Medical and sanitary report of the native army of Bengal for the year
Year: 1874
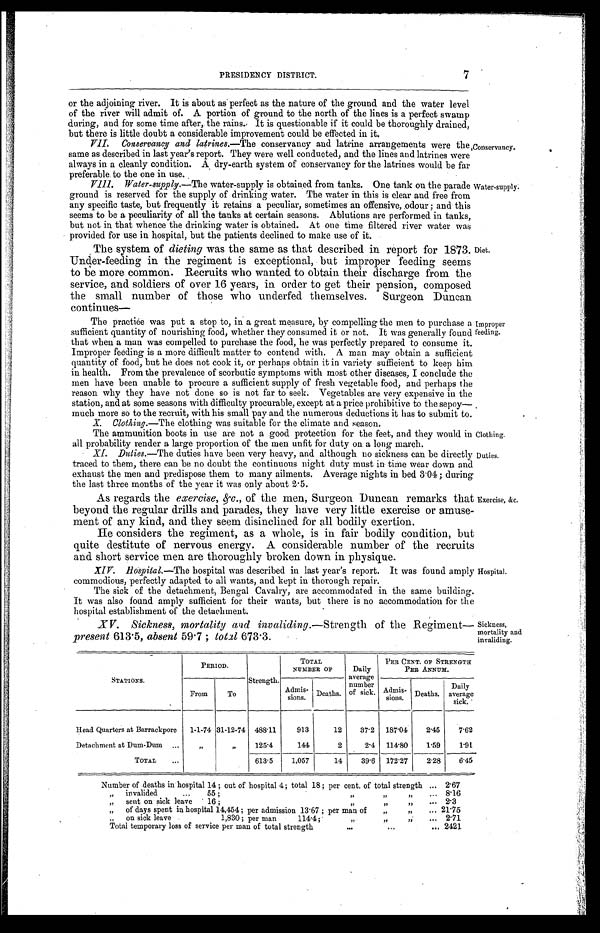
7
PRESIDENCY DISTRICT.
or the adjoining river. It is about as perfect as the nature of the ground and the water level
of the river will admit of. A portion of ground to the north of the lines is a perfect swamp
during, and for some time after, the rains. It is questionable if it could be thoroughly drained,
but there is little doubt a considerable improvement could be effected in it.
VII. Conservancy and latrines. —The conservancy and latrine arrangements were the
same as described in last year's report. They were well conducted, and the lines and latrines were
always in a cleanly condition. A dry-earth system of conservancy for the latrines would be far
preferable, to the one in use.
Conservancy.
VIII. Water-supply. —The water-supply is obtained from tanks. One tank on the parade
ground is reserved for the supply of drinking water. The water in this is clear and free from
any specific taste, but frequently it retains a peculiar, sometimes an offensive, odour ; and this
seems to be a peculiarity of all the tanks at certain seasons. Ablutions are performed in tanks,
but not in that whence the drinking water is obtained. At one time filtered river water was
provided for use in hospital, but the patients declined to make use of it.
The system of dieting was the same as that described in report for 1873.
Under-feeding in the regiment is exceptional, but improper feeding seems
to be more common. Recruits who wanted to obtain their discharge from the
service, and soldiers of over 16 years, in order to get their pension, composed
the small number of those who underfed themselves. Surgeon Duncan
continues—
Water-supply.
Diet.
The practice was put a stop to, in a great measure, by compelling the men to purchase a
sufficient quantity of nourishing food, whether they consumed it or not. It was generally found
that when a man was compelled to purchase the food, he was perfectly prepared to consume it.
Improper feeding is a more difficult matter to contend with. A man may obtain a sufficient
quantity of food, but he does not cook it, or perhaps obtain it in variety sufficient to keep him
in health. From the prevalence of scorbutic symptoms with most other diseases, I conclude the
men have been unable to procure a sufficient supply of fresh vegetable food, and perhaps the
reason why they have not done so is not far to seek. Vegetables are very expensive in the
station, and at some seasons with difficulty procurable, except at a price prohibitive to the sepoy
— much more so to the recruit, with his small nay and the numerous deductions it has to submit to.
X. Clothing.—The clothing was suitable for the climate and season.
The ammunition boots in use are not a good protection for the feet, and they would in
all probability render a large proportion of the men unfit for duty on a long march.
Improper
feeding.
Clothing.
XI. Duties.—The duties have been very heavy, and although no sickness can be directly
traced to them, there can be no doubt the continuous night duty must in time wear down and
e x h a u s t t h e me n a n d p r e d i s p o s e t h e m t o ma n y a i l me n t s . A v e r a g e n i g h t s i n b e d 3 . 0 4 ; d u r i n g
the last three months of the year it was only about 2.5.
As regards the exercise, &c.,o f t h e m e n , S u r g e o n D u n c a n r e m a r k s t h a t
beyond the regular drills and parades, they have very little exercise or amuse
-
ment of any kind and they seem disinclined for all bodily exertion.
He considers the regiment, as a whole, is in fair bodily condition, but
quite destitute of nervous energy. A considerable number of the recruits
and short service men are thoroughly broken down in physique.
XI V. Hospital.—The hospital was described in last year's report. It was found amply
commodious, perfectly adapted to all wants, and kept in thorough repair.
The sick of the detachment, Bengal Cavalry, are accommodated in the same building.
It was also found amply sufficient for their wants, but there is no accommodation for the
hospital establishment of the detachment.
XV. Sickness, mortality and invaliding.—Strength of the Regiment
—
present 613.5, absent 59.7 ; total 673.3.
Duties.
Exercise, &c.
Hospital.
Sickness,
mortality and
invaliding.
STATIONS.
PERIOD.
Strength.
TOTAL
NUMBER OF
Daily
average
number
of sick.
PER CENT. OF STRENGTH
PER ANNUM.
-
-
From
To
Admis-
sions. Deaths.
Admis-
sions. Deaths.
Daily
average
sick.
Head Quarters at Barrackpore 1-1-74 31-12-74 488.11
913
12
37.2 187.04 2.45 7.62
Detachment at Dum-Dum . . .
" "
125.4
144
2
2.4 114.80 1.59
1.91
TOTAL
. . .
613.5
1,057
14
39.6 172.27
2.28
6.45
Number of deaths in hospital 14 ; out of hospital 4; total 18; per cent. of total strength . . . 2.67
" invalided . . . 55 " " " . . .
8.16
" sent on sick leave 16 ; " " " . . .
2 . 3
" of days spent in hospital 14,454 ; per admission 13.67 ; per man of " " . . . 21.75
" on sick leave 1,830 ; per man 114.4 ; " " " . . . 2.71
T o t a l t e m p o r a r y l o s s o f s e r v i c e p e r m a n o f t o t a l s t r e n g t h . . . 2421